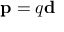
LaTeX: \mathbf { p } = q \mathbf { d }